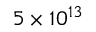
5 \times 1 0 ^ { 1 3 }